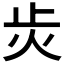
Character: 𭭝